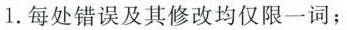
1. 每处错误及其修改均仅限一词；